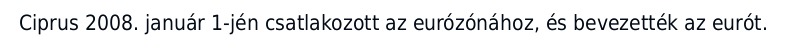
Ciprus 2008. január 1-jén csatlakozott az eurózónához, és bevezették az eurót.